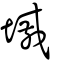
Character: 墄